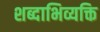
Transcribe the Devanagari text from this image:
शब्दाभिव्यक्ति